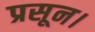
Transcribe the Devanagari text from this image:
प्रसून।